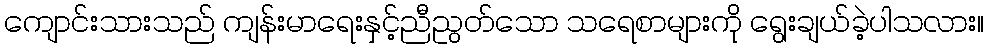
ကျောင်းသားသည် ကျန်းမာရေးနှင့်ညီညွတ်သော သရေစာများကို ရွေးချယ်ခဲ့ပါသလား။